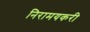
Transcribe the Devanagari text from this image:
निरामयकरी